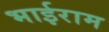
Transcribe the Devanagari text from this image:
भाईराम